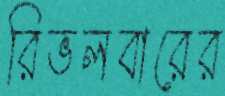
রিভলবারের